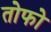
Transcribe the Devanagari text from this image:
तोफो